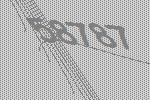
58787